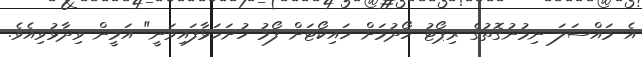
އެ މައްސަލަ ނިމުނުގޮތުގެ ރިޕޯޓު ހޯދުމަށް ހައިކޯޓަށް ފޯމު ހުށަހަޅާފައިވަނީ" އަމީން ވިދާޅުވިއެވެ.